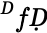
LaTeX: ^ḊfḌ